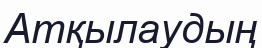
Атқылаудың